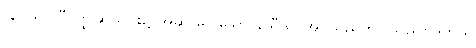
(ဝေသာလီဝတ္ထုဆယ်ပါး၌ အဆာမပါသော နိသီဒိုင် အပ်သည်ဟုပြသည်။ ဒုတိယ